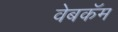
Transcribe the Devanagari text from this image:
वेबकॅम